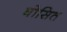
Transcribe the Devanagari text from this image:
घोसित